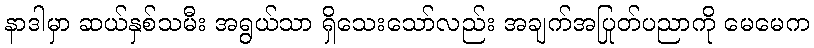
နာဒါမှာ ဆယ်နှစ်သမီး အရွယ်သာ ရှိသေးသော်လည်း အချက်အပြုတ်ပညာကို မေမေက